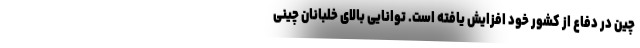
چین در دفاع از کشور خود افزایش یافته است. توانایی بالای خلبانان چینی